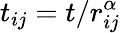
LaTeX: t_{ij}=t/r_{ij}^{\alpha}